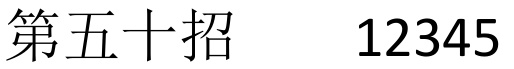
第五十招  12345